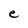
Character: e